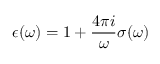
\epsilon ( \omega ) = 1 + \frac { 4 \pi i } { \omega } \sigma ( \omega )